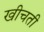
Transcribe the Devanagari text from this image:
खीचती